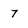
Character: 7